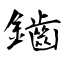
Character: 鑡